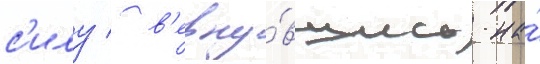
с'илу / в'ерну́вшись на́